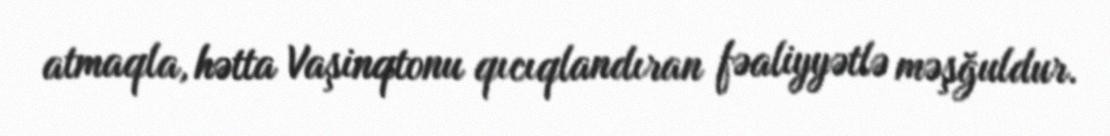
atmaqla, hətta Vaşinqtonu qıcıqlandıran fəaliyyətlə məşğuldur.